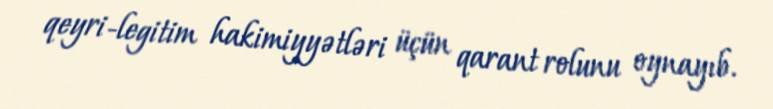
qeyri-legitim hakimiyyətləri üçün qarant rolunu oynayıb.